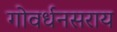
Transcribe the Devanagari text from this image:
गोवर्धनसराय